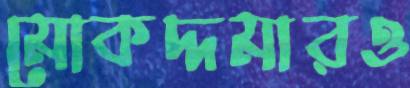
মোকদ্দমারও